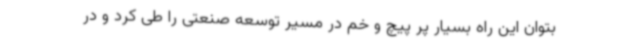
بتوان این راه بسیار پر پیچ و خم در مسیر توسعه صنعتی را طی کرد و در